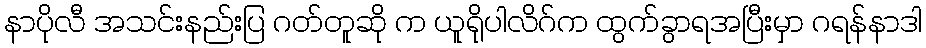
နာပိုလီ အသင်းနည်းပြ ဂတ်တူဆို က ယူရိုပါလိဂ်က ထွက်ခွာရအပြီးမှာ ဂရန်နာဒါ